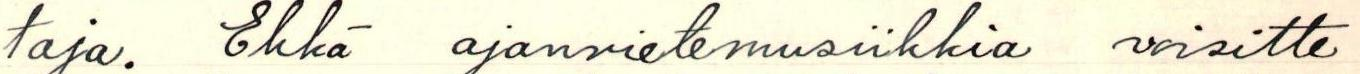
taja. Ehkä ajanvietemusiikkia voisitte